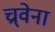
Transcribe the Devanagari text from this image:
च्र्वेना